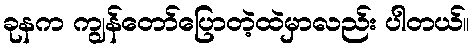
ခုနက ကျွန်တော်ပြောတဲ့ထဲမှာလည်း ပါတယ်။